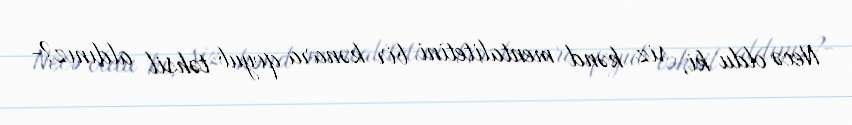
Necə oldu ki, siz kənd mentalitetini bir kənara qoyub təhsil aldınız?-